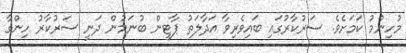
މުހިންމު ކަމަށެވެ. ސަރުކާރުގައި ބައިވެރިވާ އަދާލަތު ޕާޓީން ބުނަމުން ދަނީ ސަރުކާރު ހިންގާ